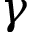
\gamma